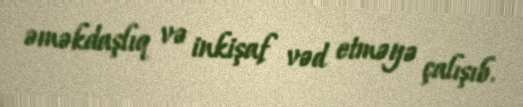
əməkdaşlıq və inkişaf vəd etməyə çalışıb.